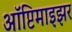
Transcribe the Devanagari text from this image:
ऑप्टिमाइझर